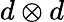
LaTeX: d\otimes d